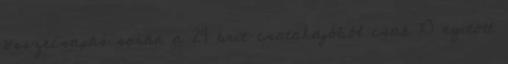
összecsapás során a 24 brit csatahajóból csak 10 nyitott